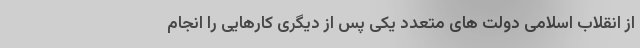
از انقلاب اسلامی دولت های متعدد یکی پس از دیگری کارهایی را انجام